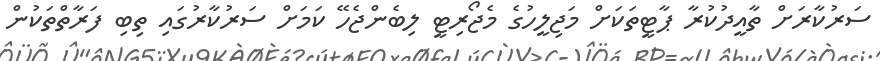
ސަރުކާރަށް ތާއީދުކުރާ ޕާޓީތަކަށް މަޖިލީހުގެ މެޖޯރިޓީ ލިބެންޖެހޭ ކަމަށް ސަރުކާރުގައި ތިބި ފަރާތްތަކުން